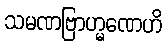
သမဏဗြာဟ္မဏေဟိ